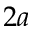
2 a